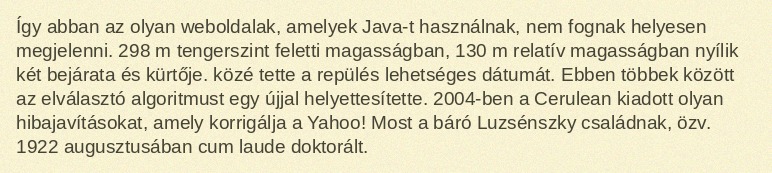
Így abban az olyan weboldalak, amelyek Java-t használnak, nem fognak helyesen megjelenni. 298 m tengerszint feletti magasságban, 130 m relatív magasságban nyílik két bejárata és kürtője. közé tette a repülés lehetséges dátumát. Ebben többek között az elválasztó algoritmust egy újjal helyettesítette. 2004-ben a Cerulean kiadott olyan hibajavításokat, amely korrigálja a Yahoo! Most a báró Luzsénszky családnak, özv. 1922 augusztusában cum laude doktorált.